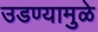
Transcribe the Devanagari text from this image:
उडण्यामुळे